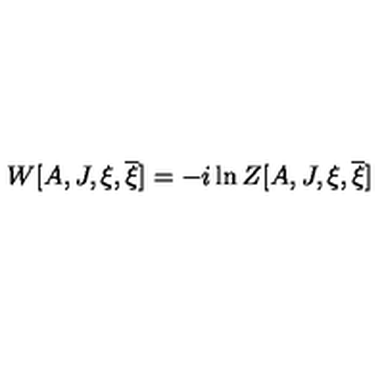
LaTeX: W [ A , J , \xi , \overline { { \xi } } ] = - i \ln Z [ A , J , \xi , \overline { { \xi } } ]